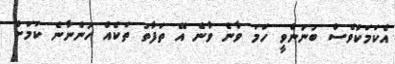
އެކަމަކުވެސް ބުނަންވީ ހަމަ ވާނެ ވާނެ އޭ ތަފާތު ތަކެއް ހުންނާނެ ކަމަށް